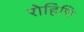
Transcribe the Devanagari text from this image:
रोहिणि